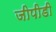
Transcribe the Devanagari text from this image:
जीपीडी